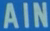
AIN